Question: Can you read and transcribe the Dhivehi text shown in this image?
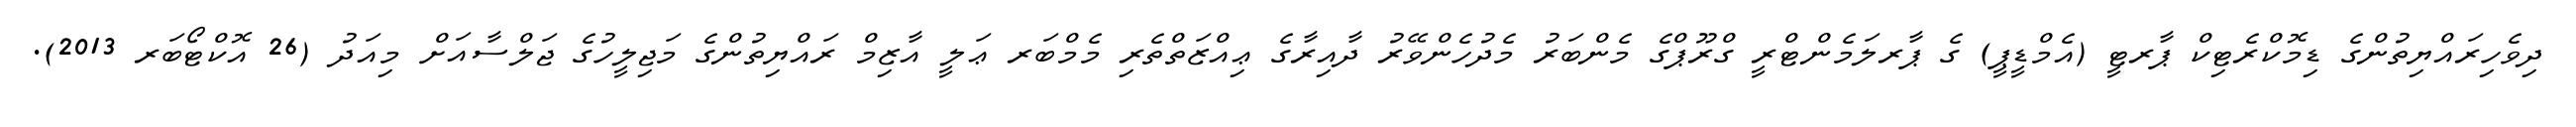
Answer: ދިވެހިރައްޔިތުންގެ ޑިމޮކްރެޓިކް ޕާރޓީ (އެމްޑީޕީ) ގެ ޕާރލަމެންޓްރީ ގްރޫޕްގެ މެންބަރު މެދުހެންވޭރު ދާއިރާގެ ޢިއްޒަތްތެރި މެމްބަރ ޢަލީ އާޒިމް ރައްޔިތުންގެ މަޖިލީހުގެ ޖަލްސާއަށް މިއަދު (26 އޮކްޓޯބަރ 2013).